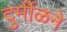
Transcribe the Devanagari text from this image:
दुर्मीळने